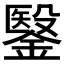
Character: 𮢶